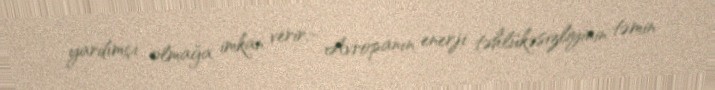
yardımçı olmağa imkan verir.- Avropanın enerji təhlükəsizliyinin təmin